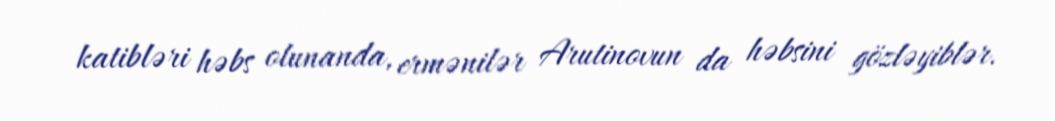
katibləri həbs olunanda, ermənilər Arutinovun da həbsini gözləyiblər.